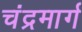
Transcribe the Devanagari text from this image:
चंद्रमार्ग